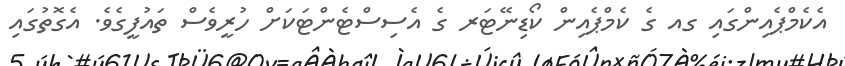
އެކެމްޕެއިންގައި ގއ ގެ ކެމްޕެއިން ކޯޑިނޭޓަރ ގެ އެސިސްޓެންޓަކަށް ހުރީވެސް ތައުފީގެވެ. އެގޮތުގައި